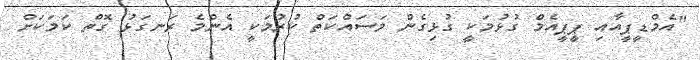
"އެމްޑީޕީއާއި ޕީޕީއެމް ގުޅުމަކީ ގުޅިގެން މަސައްކަތް ކުރުމަކީ އެންމެ ރަނގަޅު ގޮތް ކަމަކަށް